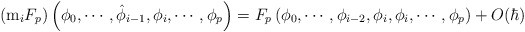
\begin{align*}\left( {\rm m}_i F_p \right) \left( \phi_0, \cdots, \hat{\phi}_{i-1},\phi_i, \cdots, \phi_p \right) = F_p \left( \phi_0, \cdots,\phi_{i-2}, \phi_i, \phi_i, \cdots, \phi_p \right) +O(\hbar)\end{align*}